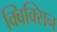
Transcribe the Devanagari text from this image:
क्विक्सिन